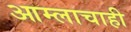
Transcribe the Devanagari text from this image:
आम्लाचाही